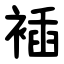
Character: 䙄